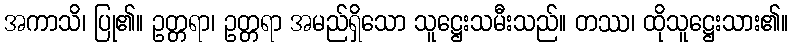
အကာသိ၊ ပြု၏။ ဥတ္တရာ၊ ဥတ္တရာ အမည်ရှိသော သူဋ္ဌေးသမီးသည်။ တဿ၊ ထိုသူဋ္ဌေးသား၏။